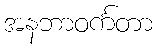
အနဘာဝင်္ကတာ